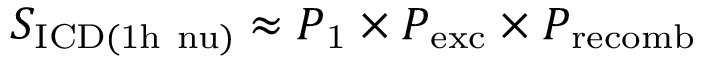
S _ { \mathrm { I C D ( 1 h \ n u ) } } \approx P _ { \mathrm { 1 } } \times P _ { \mathrm { e x c } } \times P _ { \mathrm { r e c o m b } }